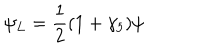
\psi _ { L } = \frac { 1 } { 2 } ( 1 + \gamma _ { 5 } ) \psi